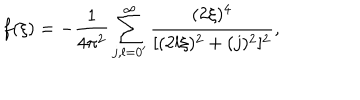
f ( \xi ) = - \frac { 1 } { 4 \pi ^ { 2 } } \sum _ { j , l = 0 ^ { \prime } } ^ { \infty } \frac { ( 2 \xi ) ^ { 4 } } { [ ( 2 l \xi ) ^ { 2 } + ( j ) ^ { 2 } ] ^ { 2 } } ,